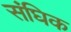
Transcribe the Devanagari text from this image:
संघिक